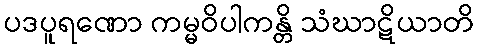
ပဒပူရဏော ကမ္မဝိပါကန္တိ သံဃာဋိယာတိ